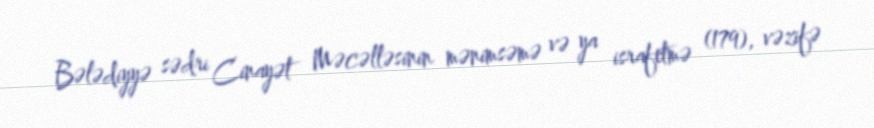
Bələdiyyə sədri Cinayət Məcəlləsinin mənimsəmə və ya israfetmə (179), vəzifə